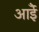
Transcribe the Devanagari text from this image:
आईँ